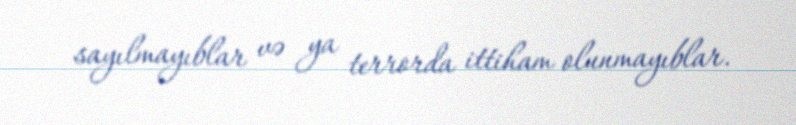
sayılmayıblar və ya terrorda ittiham olunmayıblar.